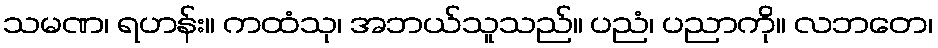
သမဏ၊ ရဟန်း။ ကထံသု၊ အဘယ်သူသည်။ ပညံ၊ ပညာကို။ လဘတေ၊